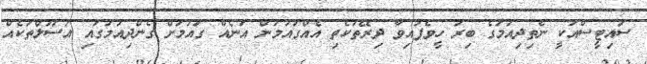
ސައިޓީސްއަކީ ނެތިދިއުމުގެ ބިރު ހީވެފައިވާ ދިރޭތަކެތި އެއްގައުމުން އަނެއް ގައުމަށް ގެންދިއުމުގައި އުސޫލްތަކެއް